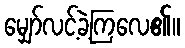
မျှော်လင့်ခဲ့ကြလေ၏။